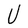
Character: U